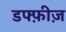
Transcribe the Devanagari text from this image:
डफ्फ़ीज़